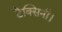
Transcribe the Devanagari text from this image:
टैक्सिनी।